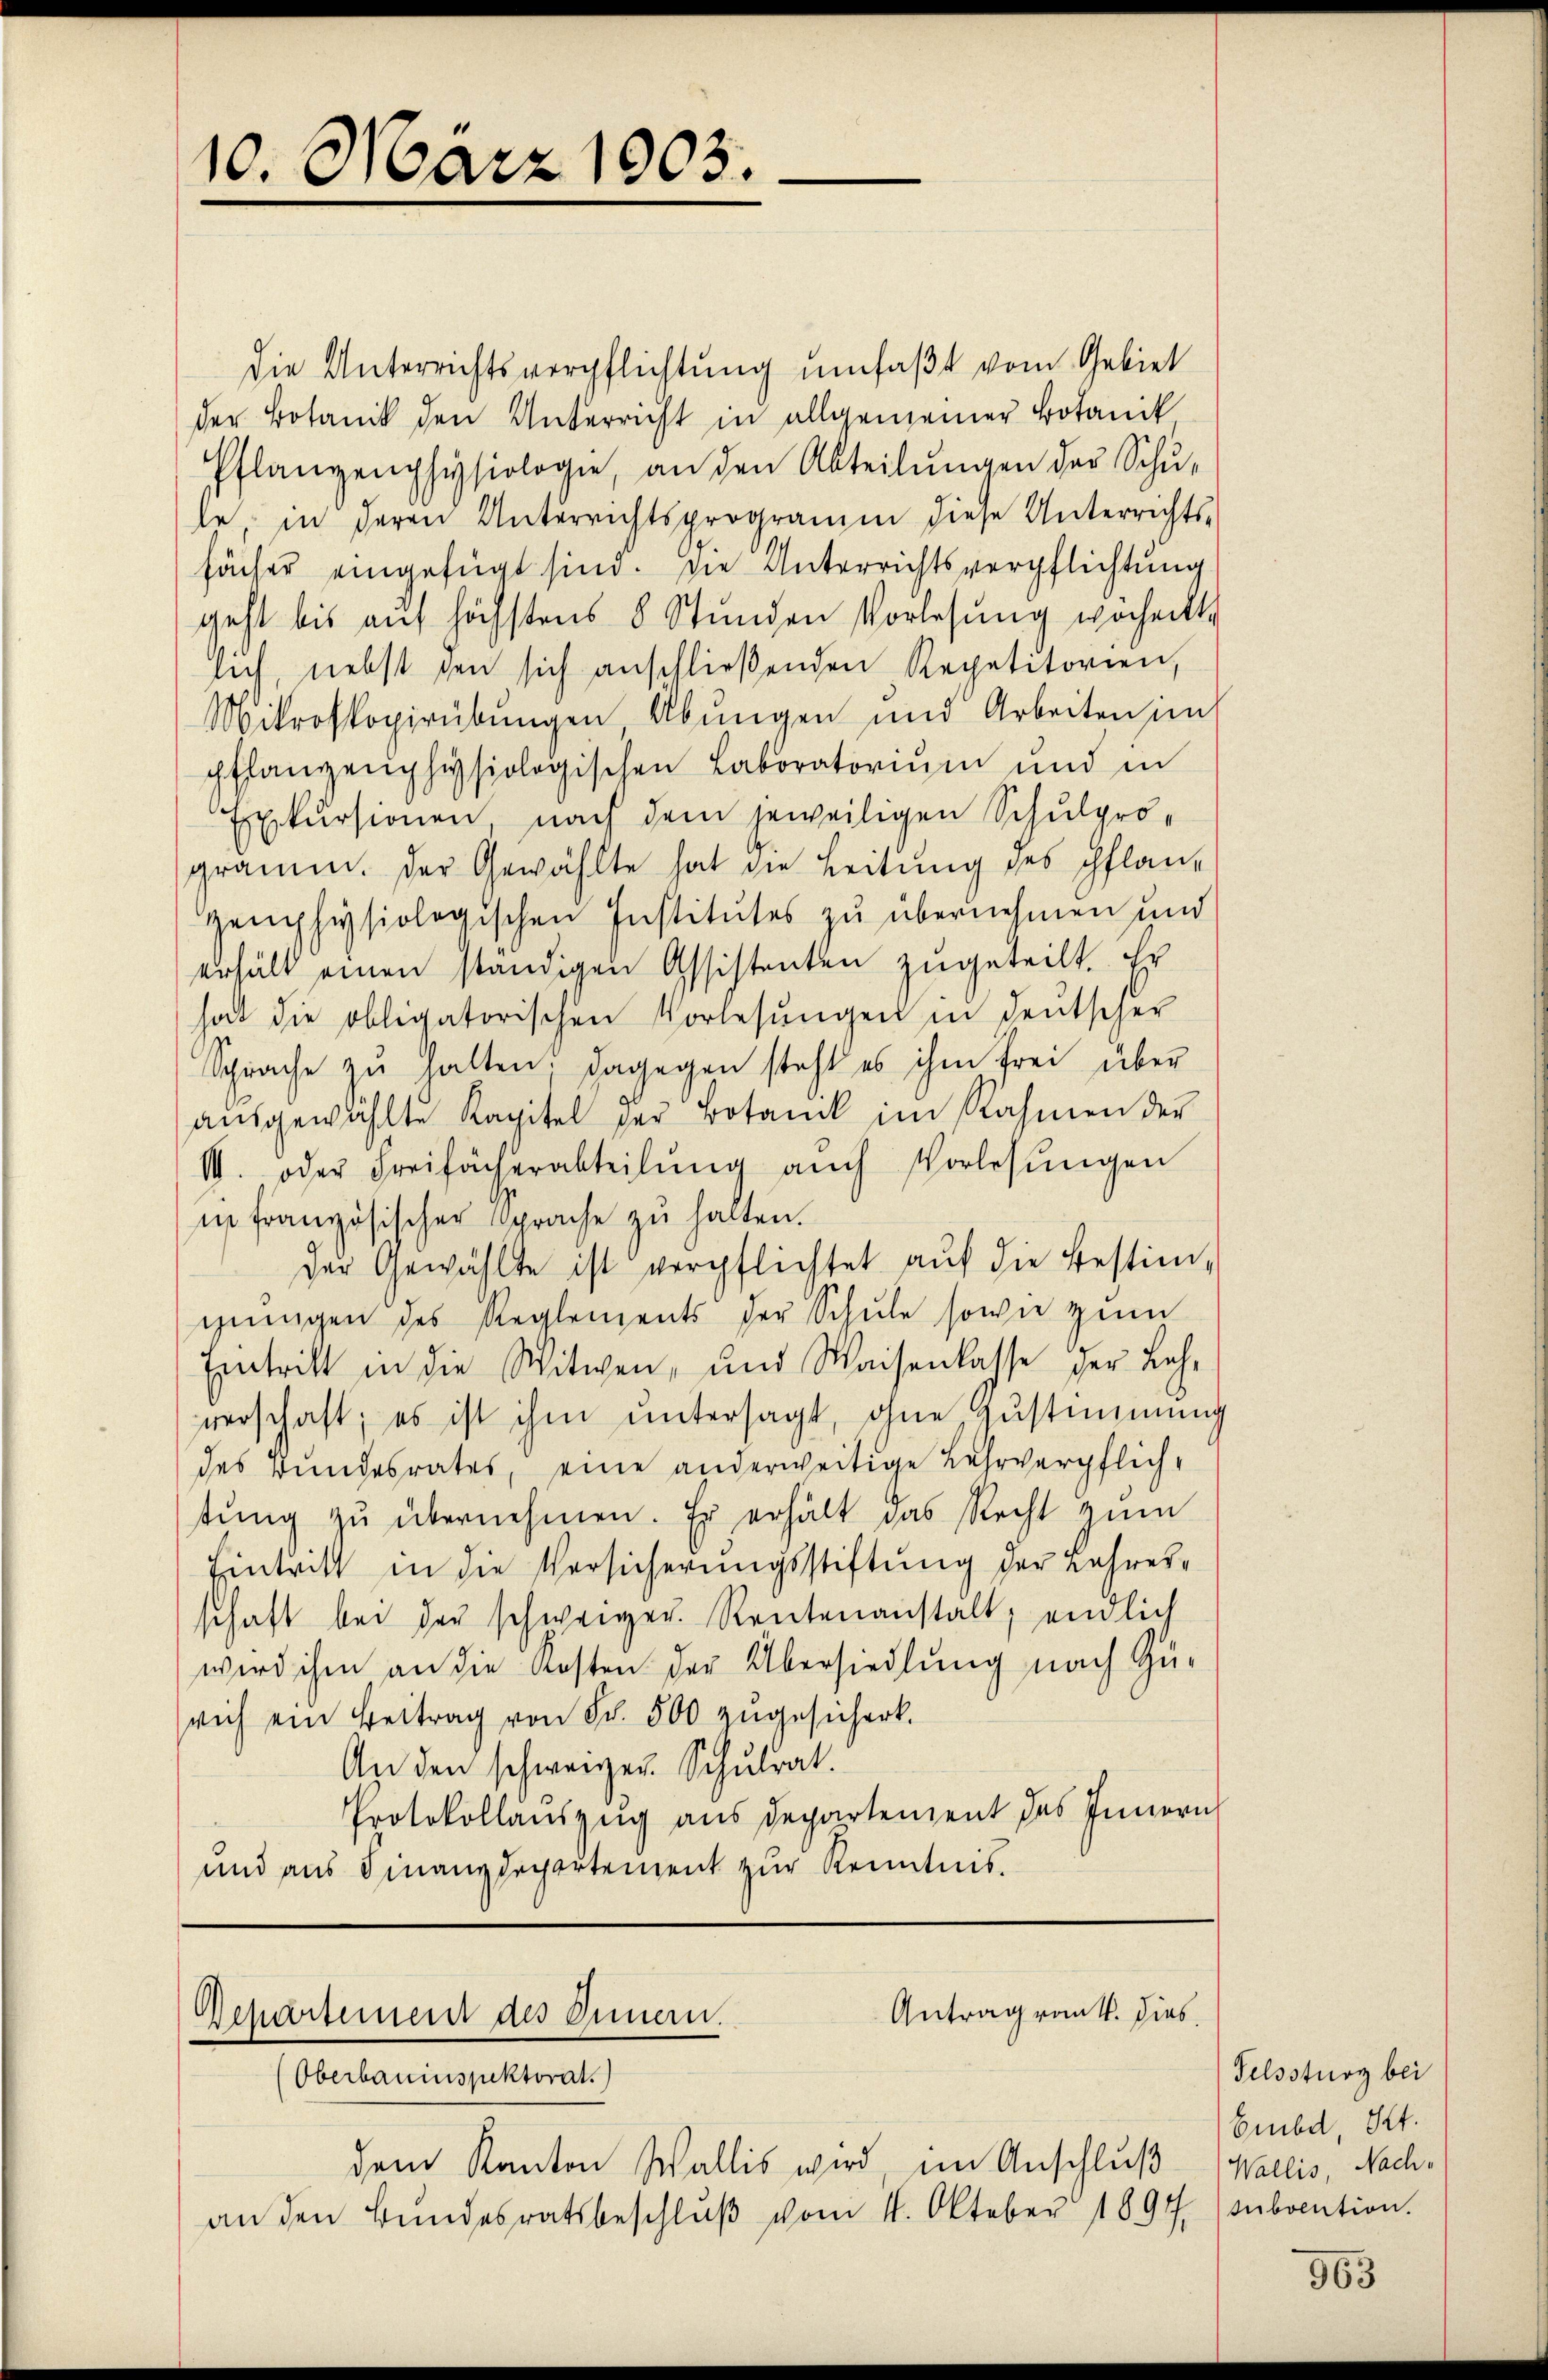
10. März 1903.

die Unterrichtsverpflichtung umfaßt vom Gebiet
der Botanik den Unterricht in allgemeiner Botanik
Pflanzenphysiologie, an den Abteilŭngen der Schu-
le in deren Unterrichtsprogramm diese Unterrichts-
fächer eingefügt sind. Die Unterrichtsverpflichtung
geht bis auf höchstens 8 Stunden Vorlesung wochnitte
lich, nebst den sich anschließenden Repetitorien,
Mikroskopirübungen Übungen und Arbeiten im
pflanzenphysiologischen Laboratorium und in
Exxkursionen nach dem jeweiligen Schulprogramm. Der Gewählte hat die Leitung des Pflanz
zemphysiologischen Institutes zu übernehmen und
erhält einen ständigen Assistenten zugeteilt. Er
hat die obligatorischen Vorlesungen in deutscher
Sprache zŭ halten; dagegen steht es ihm frei über
aŭsgewählte Kapitel der Botanik im Rahmen der
III. oder Freifächerabteilŭng aŭch Vorlesungen
in französischer Sprache zŭ halten.
der Gewählte ist verpflichtet auf die Bestim-
gingen des Reglements der Schŭle sowie zŭm
Eintritt in die Witwen, und Waisenlasse der Lehverschaft; es ist ihm untersagt, ohne Zustimmung
des Bundesrates, eine anderweitige Lehrverpflichtŭng zŭ übernehmen. Er erhält das Recht zŭm
Eintritt in die Versicherungsstiftung der Lehresschaft bei der schweiger Rentenanstalt, endlich
wird ihm an die Kosten der Übersiedlung nach Gü-
vich ein Beitrag von Fr. 500 zugesichert.
An den schweizer Schŭlrat.
Protokollauszug aus Departement des Innern
und aus Finanzdepartement zur Kenntnis.

Antrag rank. Dies
Departement des Innern.
Oberbauinspektorat.

dem Kanton Wallis wird im Anschluß
an den Bundesratsbeschluß vom 4. Oktober 1894 (subvention.

Telssturz bei
Embd Kt.
Wallis, Nach-

963